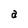
Character: a